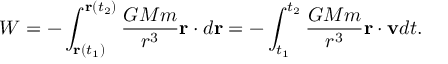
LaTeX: W = - \int _ { \mathbf { r } ( t _ { 1 } ) } ^ { \mathbf { r } ( t _ { 2 } ) } { \frac { G M m } { r ^ { 3 } } } \mathbf { r } \cdot d \mathbf { r } = - \int _ { t _ { 1 } } ^ { t _ { 2 } } { \frac { G M m } { r ^ { 3 } } } \mathbf { r } \cdot \mathbf { v } d t .